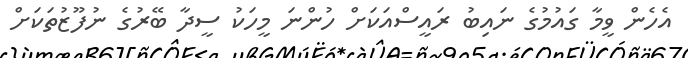
އެހެން ވީމާ ގައުމުގެ ނައިބު ރައީސްއަކަށް ހުންނަ މީހަކު ސީދާ ބޭރުގެ ނުފޫޒުތަކަށް